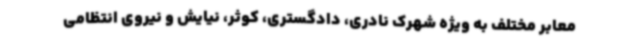
معابر مختلف به ویژه شهرک نادری، دادگستری، کوثر، نیایش و نیروی انتظامی